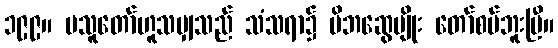
၁၉၉။ မသူတော်ဟူသမျှသည် သံသရာ၌ မိဘဆွေမျိုး တော်စပ်ဘူးပြီ။